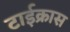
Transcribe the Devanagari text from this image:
टाईक्रास